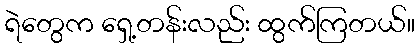
ရဲတွေက ရှေ့တန်းလည်း ထွက်ကြတယ်။